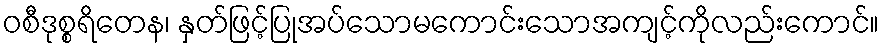
ဝစီဒုစ္စရိတေန၊ နှတ်ဖြင့်ပြုအပ်သောမကောင်းသောအကျင့်ကိုလည်းကောင်။